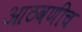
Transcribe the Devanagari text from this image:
आठवणीच